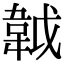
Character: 𩎙